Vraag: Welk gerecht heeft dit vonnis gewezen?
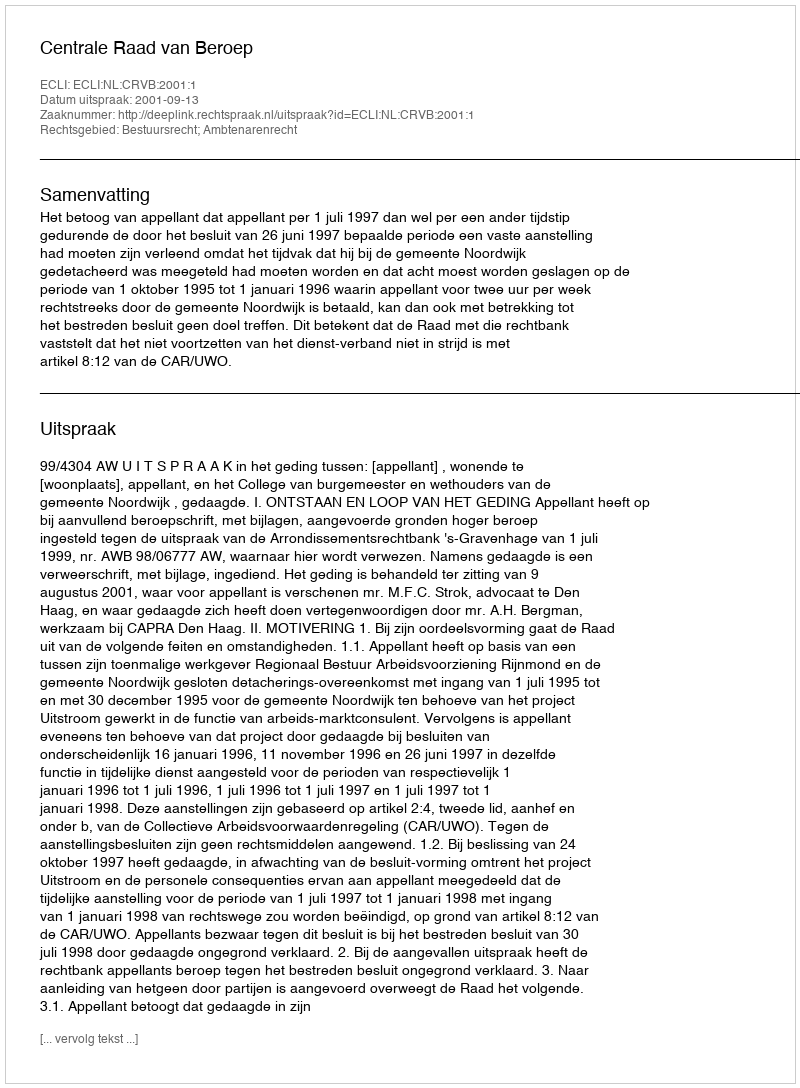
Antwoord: Centrale Raad van Beroep